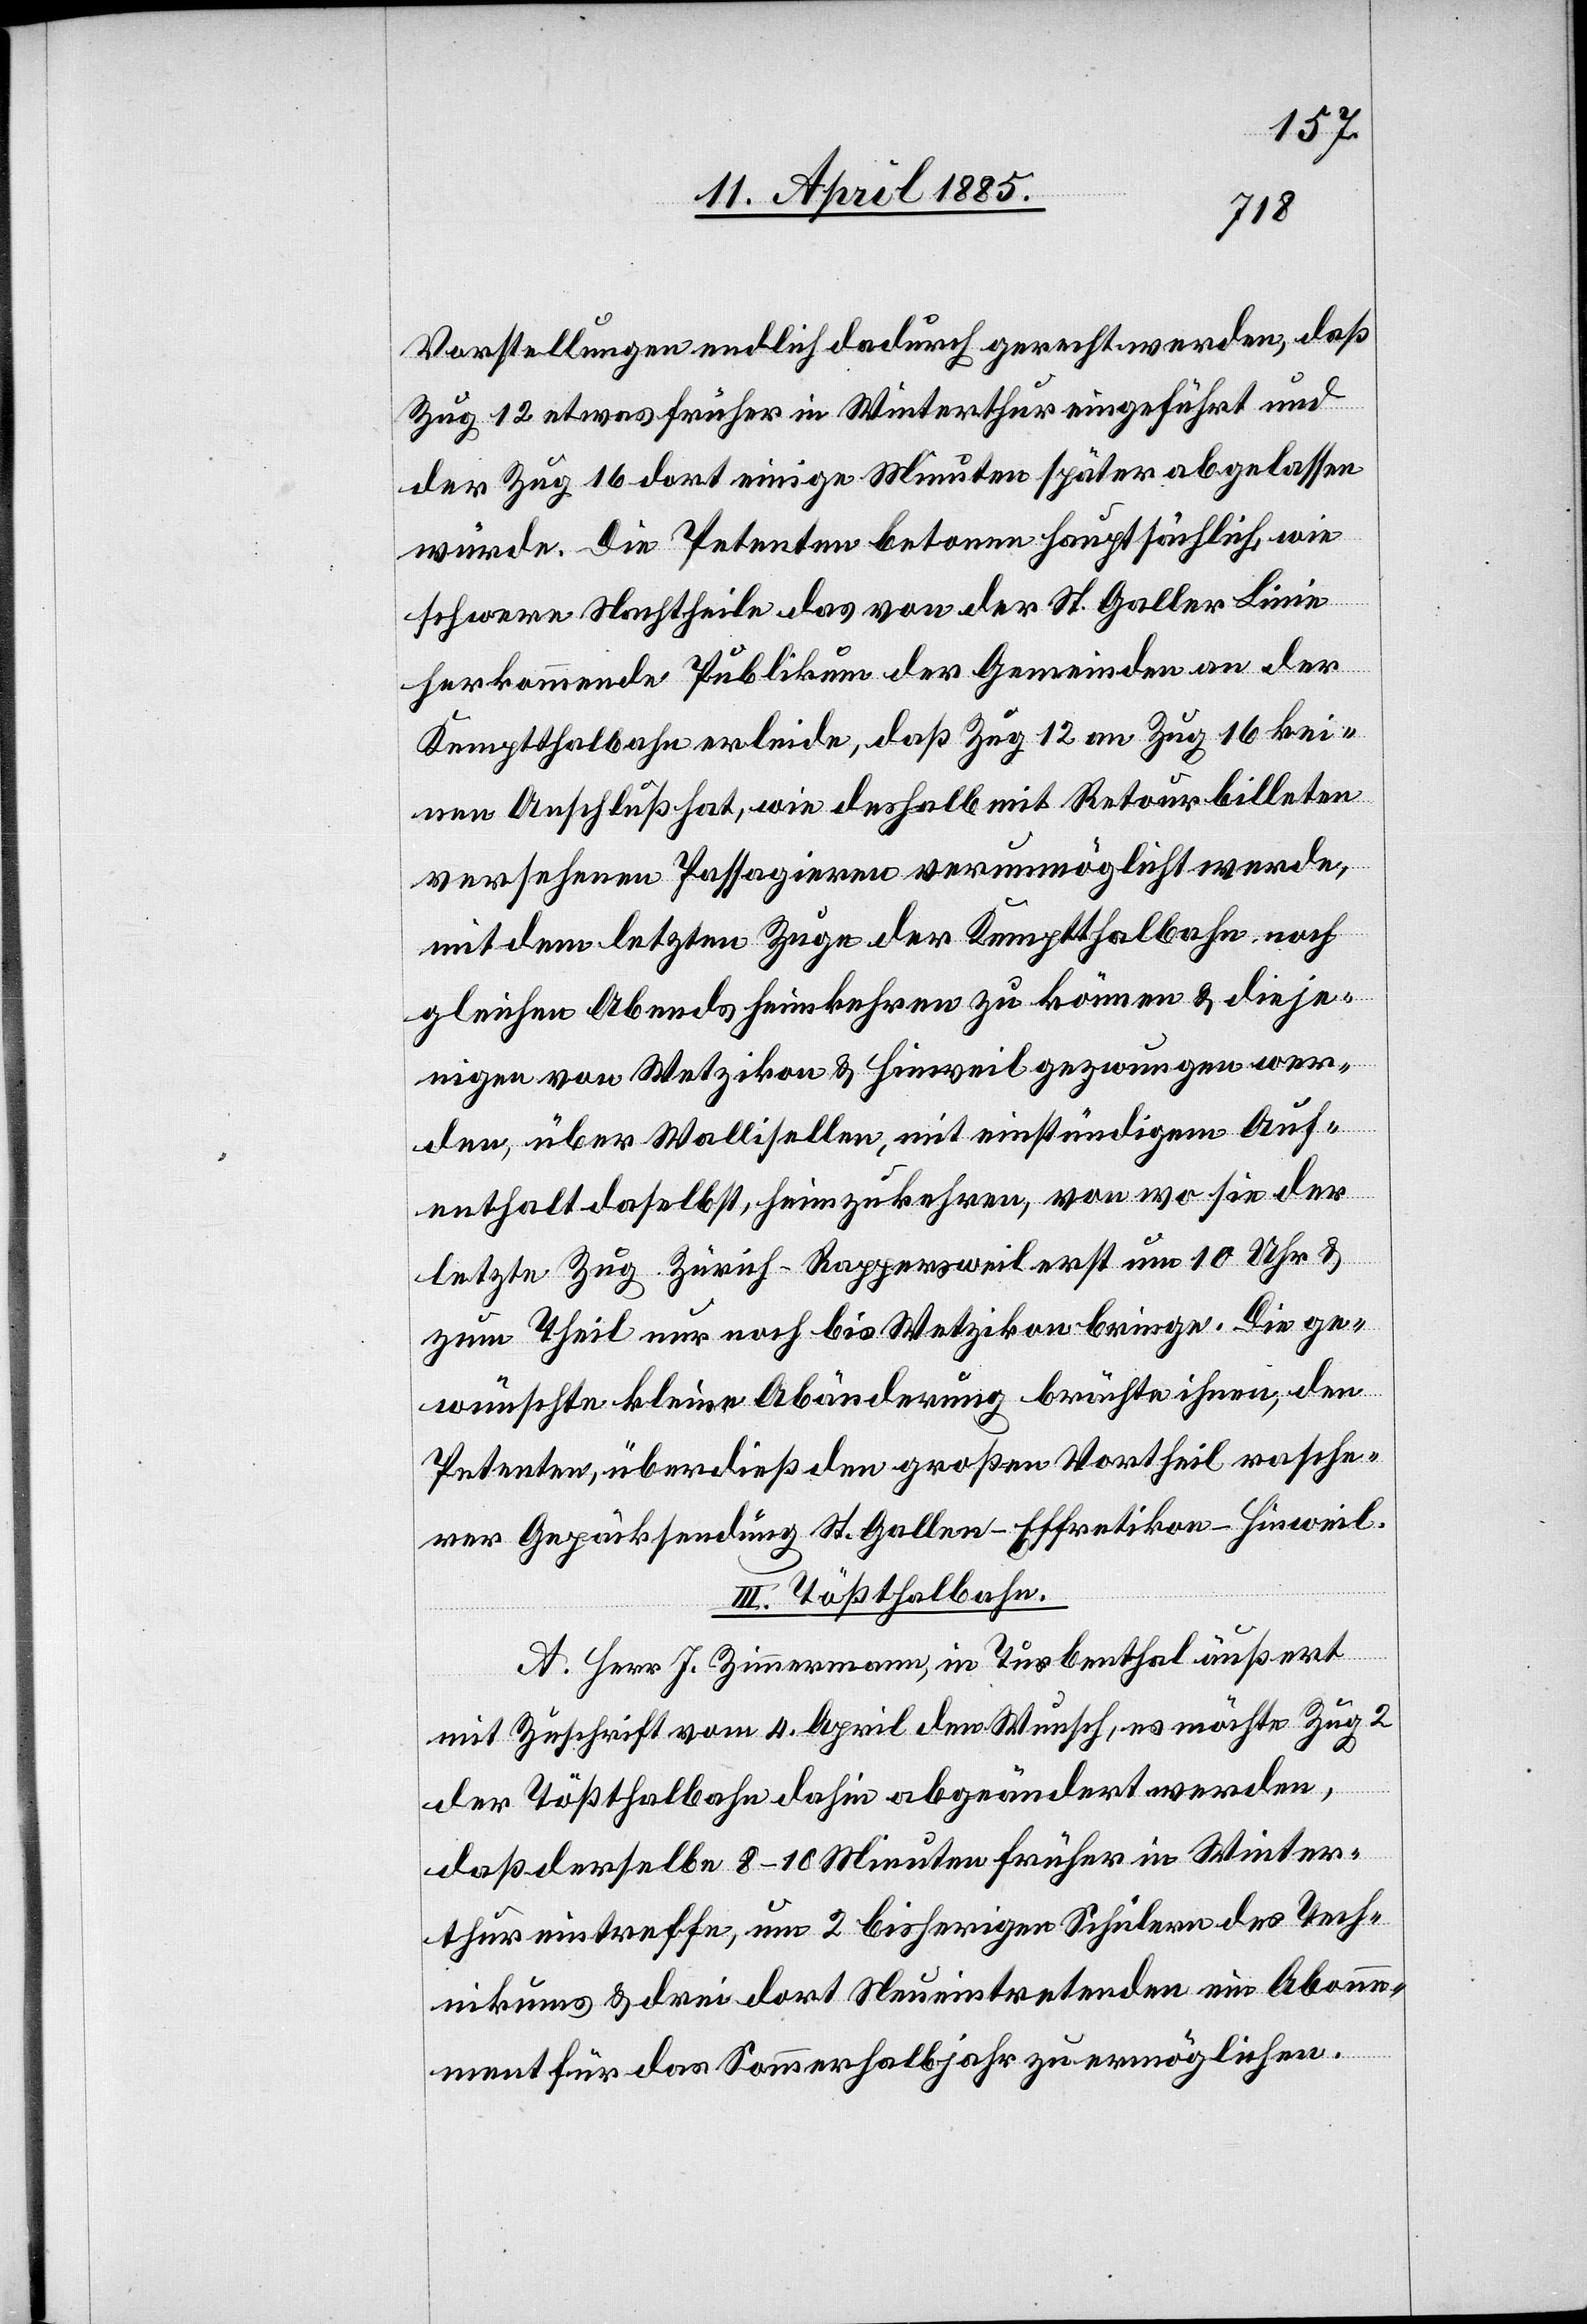
Vorstellungen endlich dadurch gerecht werden, daß
Zug 12 etwas früher in Winterthur eingeführt und
der Zug 16 dort einige Minuten später abgelassen
würde. Die Petenten betonen hauptsächlich, wie
schwere Nachtheile das von der St. Galler Linie
herkommende Publikum der Gemeinden an der
Kemptthalbahn erleide, daß Zug 12 an Zug 16 kei¬
nen Anschluß hat, wie deshalb mit Retourbilleten
versehenen Passagieren verunmöglicht werde,
mit dem letzten Zuge der Kemptthalbahn noch
gleichen Abends heimkehren zu können & dieje¬
nigen von Wetzikon & Hinweil gezwungen wer¬
den über Wallisellen, mit einstündigem Auf¬
enthalt daselbst, heimzukehren, von wo sie der
letzte Zug Zürich–Rappersweil erst um 10 Uhr &
zum Theil nur noch bis Wetzikon bringe. Die ge¬
wünschte kleine Abänderung brächte ihnen, den
Petenten, überdieß den großen Vortheil rasch¬
er Gepäcksendung St. Gallen–Effretikon-Hinweil.
III. Tößthalbahn.
A. Herr J. Zimmermann, in Turbenthal äußert
mit Zuschrift vom 4. April den Wunsch, es möchte Zug 2
der Tößthalbahn dahin abgeändert werden,
daß derselbe 8–10 Minuten früher in Winter¬
thur eintreffe, um 2 bisherigen Schülern des Tech¬
nikums & drei dort Neueintretenden ein Abonne¬
ment für das Sommerhalbjahr zu ermöglichen.